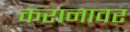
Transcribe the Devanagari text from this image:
करानावर